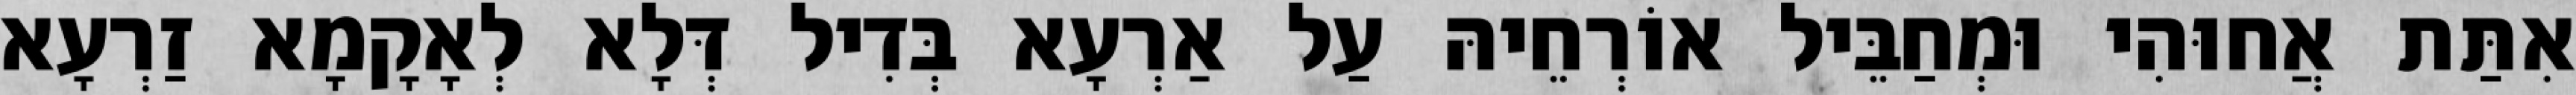
אִתַּת אֲחוּהִי וּמְחַבֵּיל אוֹרְחֵיהּ עַל אַרְעָא בְּדִיל דְּלָא לְאָקָמָא זַרְעָא